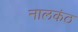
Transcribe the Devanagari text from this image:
नालकंठ